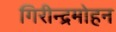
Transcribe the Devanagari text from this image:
गिरीन्द्रमोहन